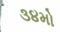
૩૪મો